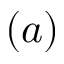
( a )